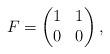
LaTeX: \begin{align*}F=\begin{pmatrix}1 &1\\0 &0\end{pmatrix},\end{align*}